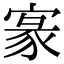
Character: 𡩀